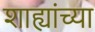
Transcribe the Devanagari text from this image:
शाह्यांच्या